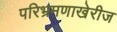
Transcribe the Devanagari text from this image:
परिभ्रमणाखेरीज